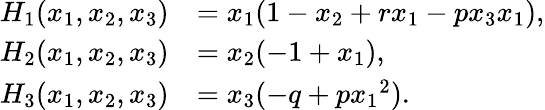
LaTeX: \begin{array}{rl}{{H}_{1}({x}_{1},{x}_{2},{x}_{3})}&{={x}_{1}(1-{{x}_{2}}+{r}{x}_{1}-p{x}_{3}{x}_{1}),}\\ {{H}_{2}({x}_{1},{x}_{2},{x}_{3})}&{={x}_{2}(-1+{x}_{1}),}\\ {{H}_{3}({x}_{1},{x}_{2},{x}_{3})}&{={x}_{3}(-{q}+{p}{{x}_{1}}^{2}).}\end{array}